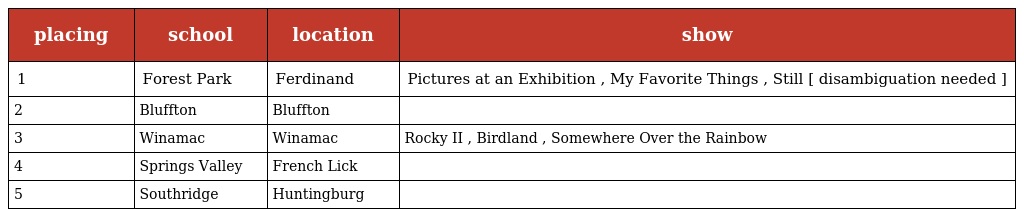
| placing | school | location | show |
 | --- | --- | --- | --- |
 | 1 | Forest Park | Ferdinand | Pictures at an Exhibition , My Favorite Things , Still [ disambiguation needed ] |
 | 2 | Bluffton | Bluffton |  |
 | 3 | Winamac | Winamac | Rocky II , Birdland , Somewhere Over the Rainbow |
 | 4 | Springs Valley | French Lick |  |
 | 5 | Southridge | Huntingburg |  |